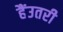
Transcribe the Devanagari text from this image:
हैंउतरी